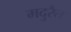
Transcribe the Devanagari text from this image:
मदुरैत